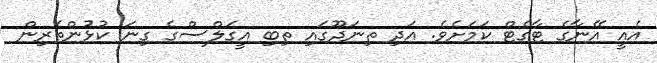
އެއީ އޭނާގެ ޓާގެޓް ކަމަށެވެ. އަދި ތިނަދޫގައި ތިބި އީގަލްސްގެ ގިނަ ކުޅުންތެރިން